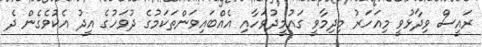
ރައީސް ވިދާޅުވީ މިއަހަރު މިދިމާވީ ގައުމީދުވަހާއި އެއްބައިވަންތަކަމުގެ ދުވަހުގެ އީދު އެކުވެގެން ދެ